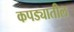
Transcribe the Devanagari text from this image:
कपड्यातील